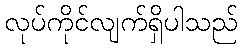
လုပ်ကိုင်လျက်ရှိပါသည်